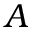
A